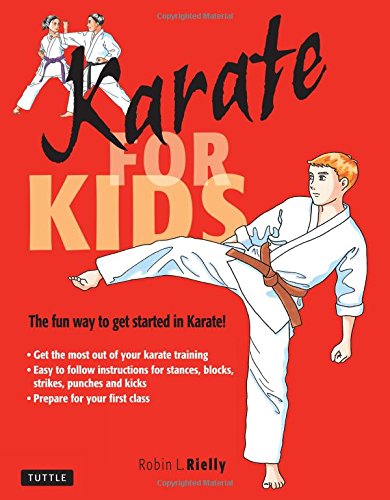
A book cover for Karate for Kids (Martial Arts for Kids); Robin L. Rielly; Health, Fitness & Dieting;